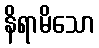
နိရာမိသော